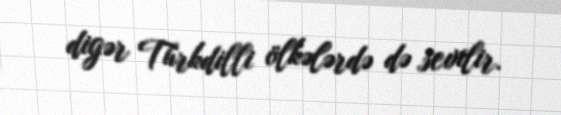
digər Türkdilli ölkələrdə də sevilir.